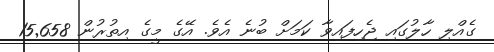
ގެއްލި ހާލުގައި ޖެހިފައިވާ ކަމަށް ބުނެ އެވެ. އޭގެ މީގެ އިތުރުން 15